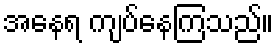
အနေရ ကျပ်နေကြသည်။